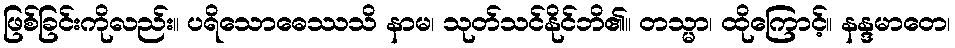
ဖြစ်ခြင်းကိုလည်း။ ပရိသောဓေဿသိ နာမ၊ သုတ်သင်နိုင်ဘိ၏။ တသ္မာ၊ ထိုကြောင့်။ နန္ဒမာတေ၊